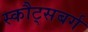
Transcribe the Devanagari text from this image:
स्कौट्सबर्ग